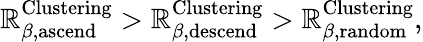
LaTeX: \mathbb{R}_{\beta,\mathrm{{ascend}}}^{\mathrm{{Clustering}}}>\mathbb{R}_{\beta,\mathrm{{descend}}}^{\mathrm{{Clustering}}}>\mathbb{R}_{\beta,\mathrm{{random}}}^{\mathrm{{Clustering}}},